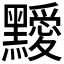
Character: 𪒱